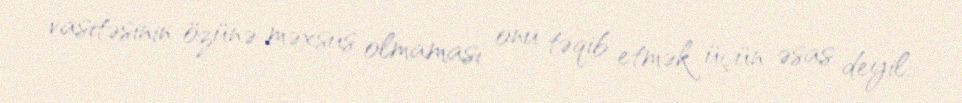
vasitəsinin özünə məxsus olmaması onu təqib etmək üçün əsas deyil.